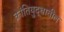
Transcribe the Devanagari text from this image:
क्रांतियुद्धातील